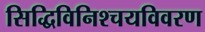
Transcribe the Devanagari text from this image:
सिद्धिविनिश्चयविवरण